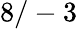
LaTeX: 8/-3